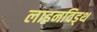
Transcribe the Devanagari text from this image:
लाइनविड्थ